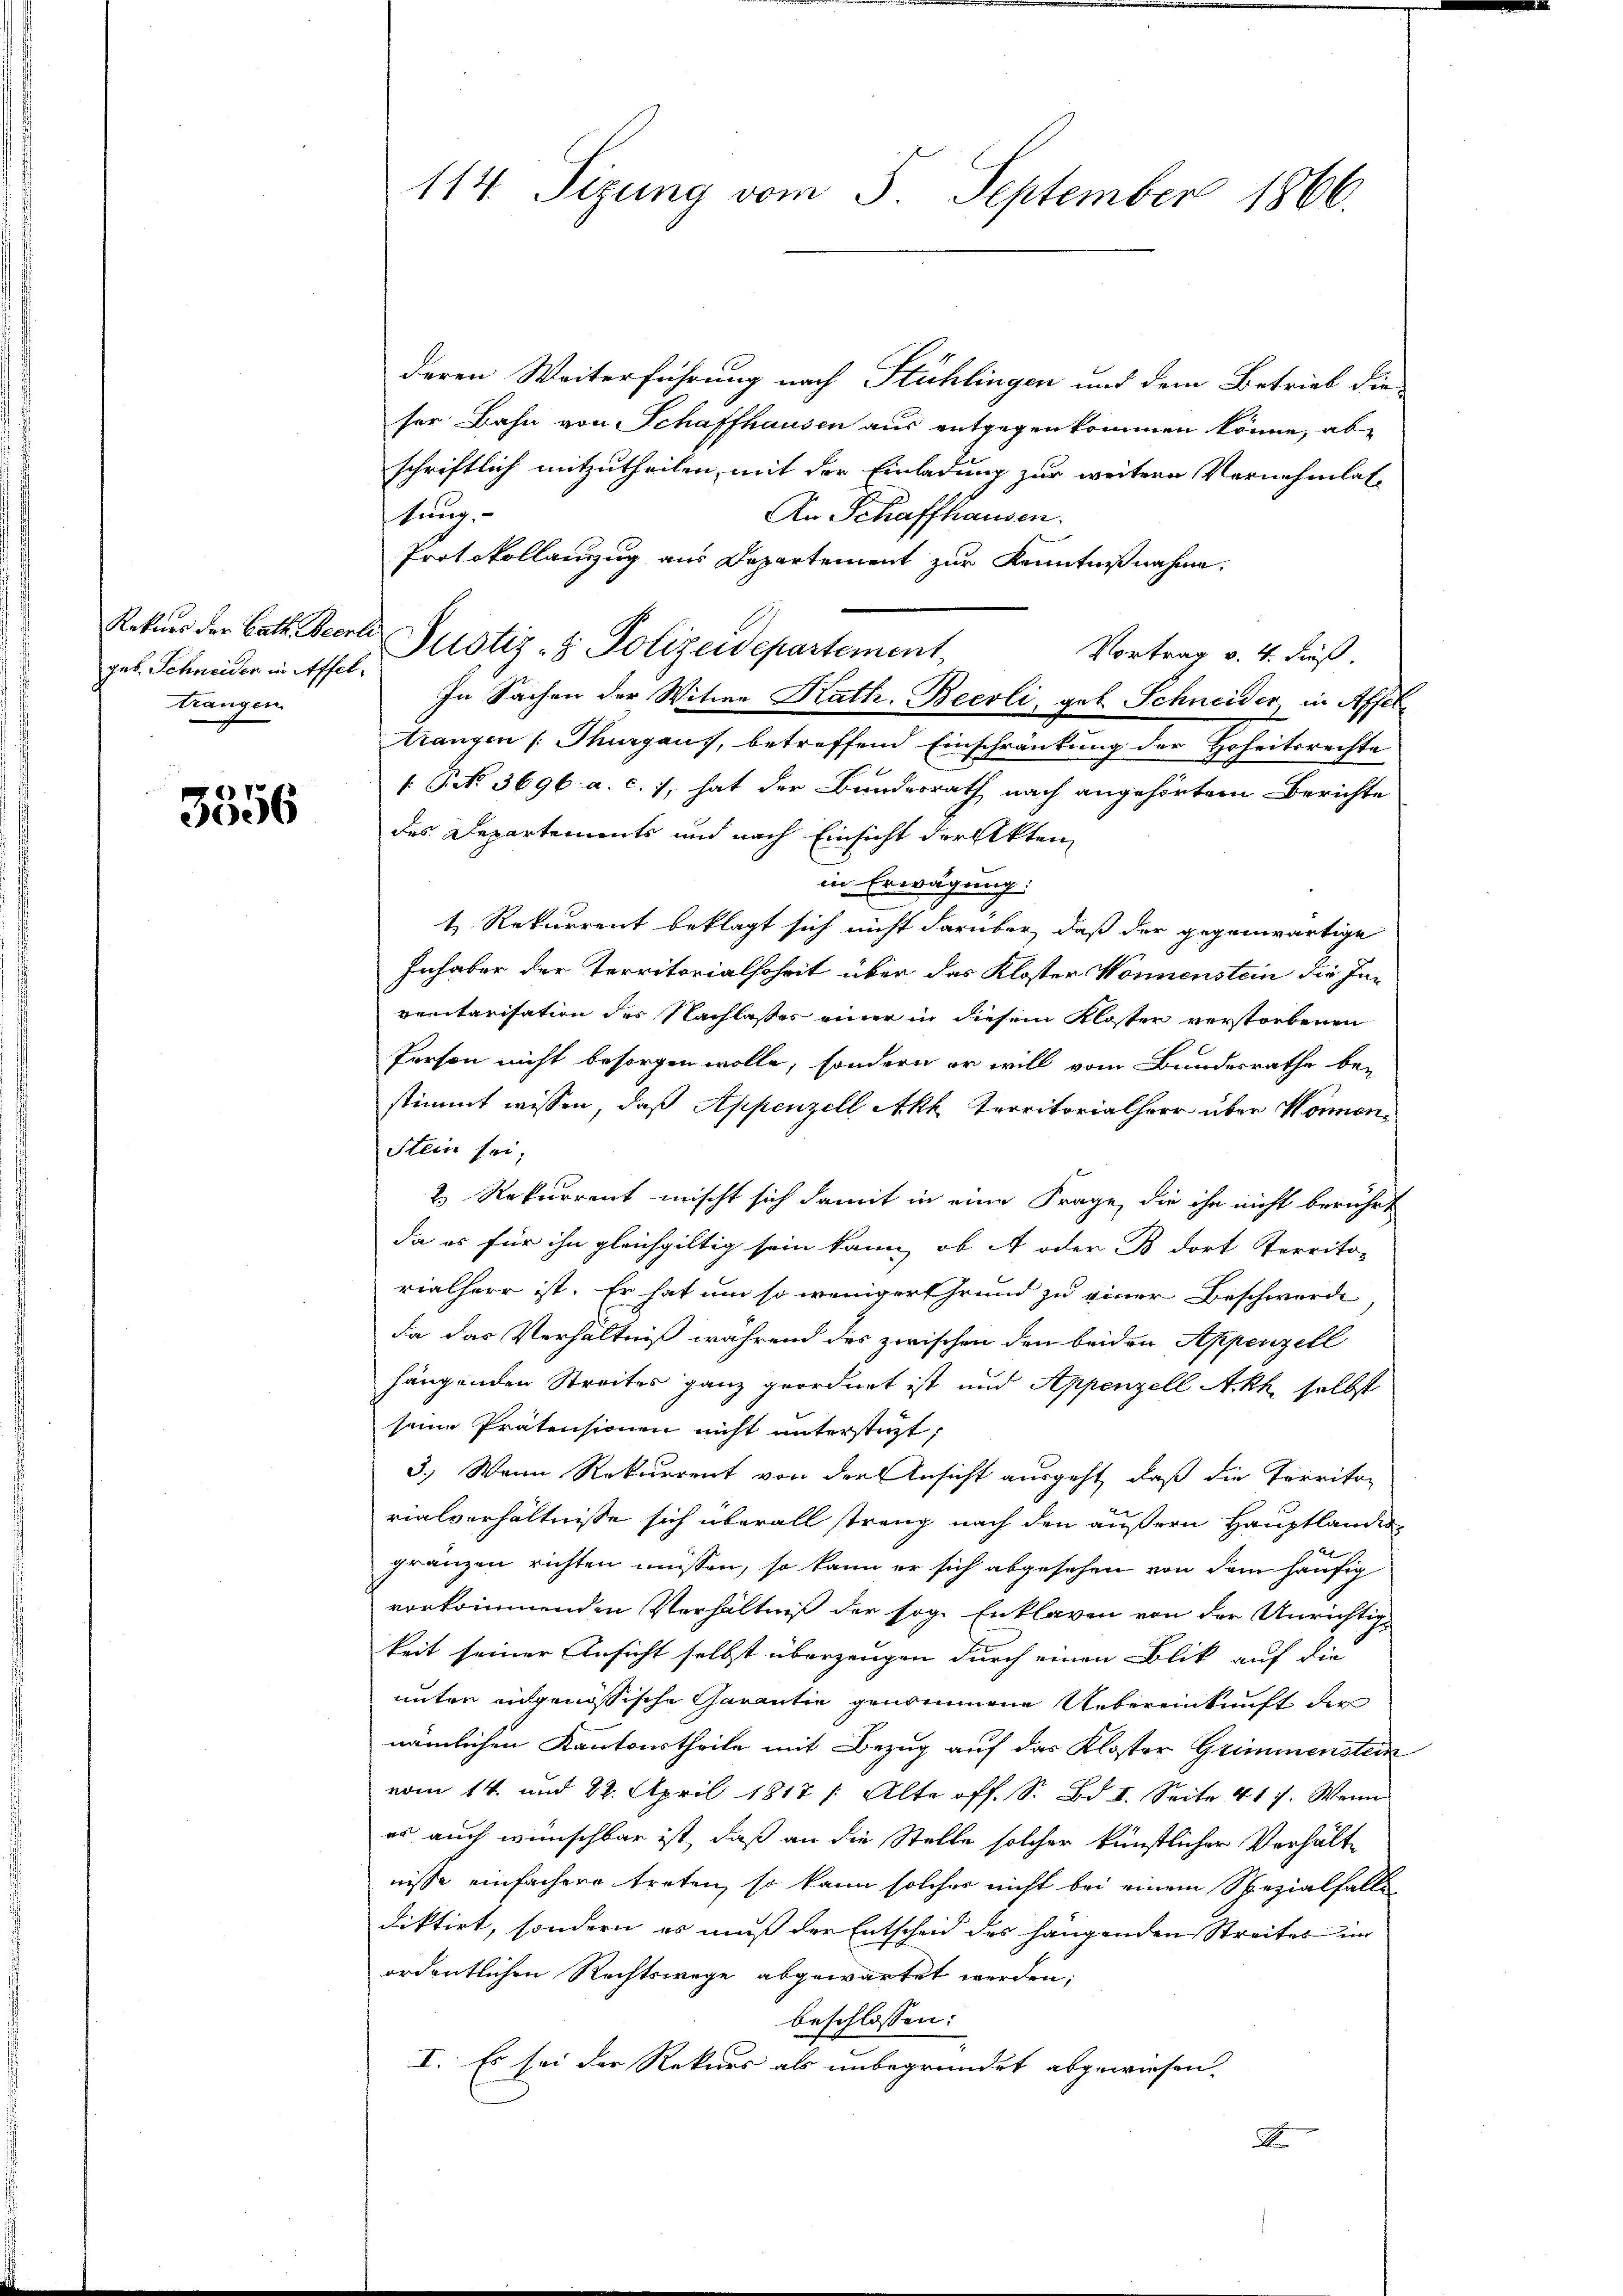
geb. Schneiden in Affeltrangen.

3556

tung,

114. Sizung vom 5. September 1866.

deren Weiterführung nach Stühlingen und dem Betrieb die
ser Bahn von Schaffhausen aus entgegenkommen könne, ab
schriftlich mitzutheilen, mit der Einladung zur weitern Vernehmlas¬
An Schaffhausen.
Protokollanzug aus Departement zur Kenntnißnahme.
Rekŭrs der Batt. Becrlo Pustiz- & Polizeidepartement
Vortrag v. 4. dieß.
In Sachen der Witwe Kath. Beerli, geb. Schneider in Affeltrangen (Thurgaus, betreffend Einschränkung der Hoheitsrechte
 P. 3696. a. c. 7, hat der Bundesrath nach angehörtem Berichte
des Departements und nach Einsicht der Akten
in Erwägung:
t. Rekurrent beklagt sich nicht darüber, daß der gegenwärtige
Inhaber der Territorialhoheit über das Kloster Wonnenstein die Inrenitarisation des Nachlasses einer in diesem Klosten verstorbenen
Person nicht besorgen wolle, sondern er will vom Bundesrathe be-
stimmt wissen, daß Appenzell Akh Territorialherr über Wonnen¬
Stein sei;
2 Rekurrent mischt sich damit in eine Frage, die ihn nicht berührt
da es für ihn gleichgiltig sein kann, ob A oder B dort Territo-
rialherr ist. Er hat um so weniger Grund zu einer Beschwerde,
da das Verhältniß während des zwischen den beiden Appenzell
hängenden Streites ganz geordnet ist und Appenzell Ackh selbst
seine Prätensionen nicht unterstüzt,
3.) Wann Rekurrent von der Ansicht ausgeht, daß die Territor
rialverhältnisse sich überall streng nach den äußern Hauptlander
gränzen richten müssen, so kann er sich abgesehen von dem häufig
vorkommenden Verhältniß der sog. Enklagen von der Unrichtig
keit seiner Ansicht selbst überzeugen durch einen Blik auf die
unter angenössische Garantie genommene Uebereinkunft der
nämlichen Kantonstheile mit Bezug auf das Kloster Grimmenstein
vom 14. und 22. April 1817 /: Alte off. S. Bd. I. Seite 417. Wenn
es auch wünschbar ist, daß an die Stelle solcher künstlicher Verhält-
nisse einfachere treten, so kann solches nicht bei einem Spezialfalls
diktirt, sondern es muß der Entscheid des hangenden Streites im
ordentlichen Rechtswege abgewartet werden,
beschlossen:
I. Es sei der Rekurs als unbegründet abgewiesen.
F